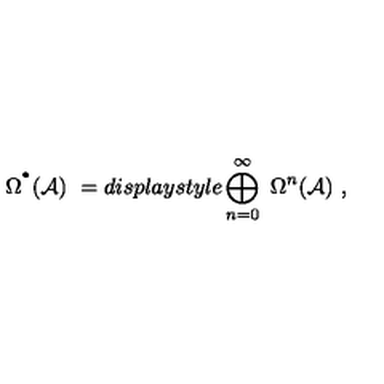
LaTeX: \Omega ^ { ^ { \bullet } } ( { \mathcal A } ) \ = d i s p l a y s t y l e \bigoplus _ { n = 0 } ^ { \infty } \ \Omega ^ { n } ( { \mathcal A } ) \ ,